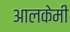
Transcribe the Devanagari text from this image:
आलकेमी